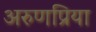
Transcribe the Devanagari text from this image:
अरुणप्रिया